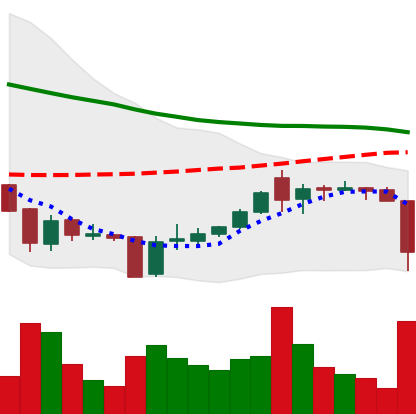
Ticker: XRP-USD
Chart end date: 2018-06-10
Forward return: -8.573%
Label: down_7plus